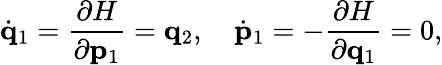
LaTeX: \dot{\mathbf q}_{1}={\frac{\partial H}{\partial{\mathbf p}_{1}}}={\mathbf q}_{2},\quad\dot{\mathbf p}_{1}=-{\frac{\partial H}{\partial{\mathbf q}_{1}}}=0,